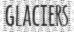
GLACIERS